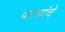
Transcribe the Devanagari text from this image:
पटवांचे